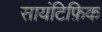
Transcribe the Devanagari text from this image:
सायंटिफ़िक